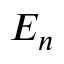
E _ { n }